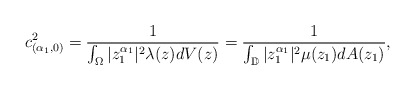
\begin{align*}c^2_{(\alpha_1,0)}&=\frac{1}{\int_{\Omega}|z_1^{\alpha_1}|^2\lambda(z)dV(z)}=\frac{1}{\int_{\mathbb{D}}|z_1^{\alpha_1}|^2\mu(z_1)dA(z_1)},\end{align*}